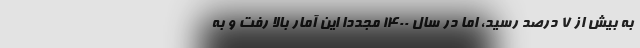
به بیش از ۷ درصد رسید، اما در سال ۱۴۰۰ مجددا این آمار بالا رفت و به